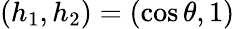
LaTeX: (h_{1},h_{2})=(\cos\theta,1)